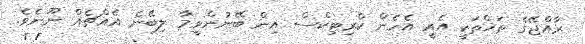
ރާއްޖޭގެ ތަޚްތަކީ އެއީ އެހެން ކްރިޓިކްސް އިން ބޭނުންވީމާ ލިބޭނެ އެއްޗެއް ނޫނެވެ.